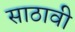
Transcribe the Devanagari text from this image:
साठावी